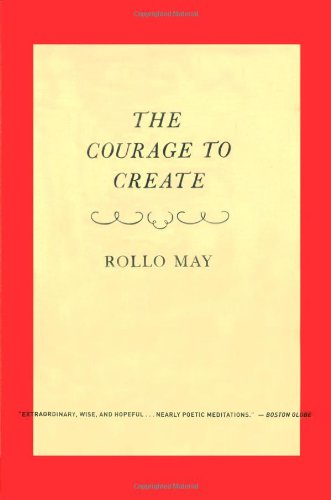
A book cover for The Courage to Create; Rollo May; Health, Fitness & Dieting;